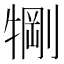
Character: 𬌧